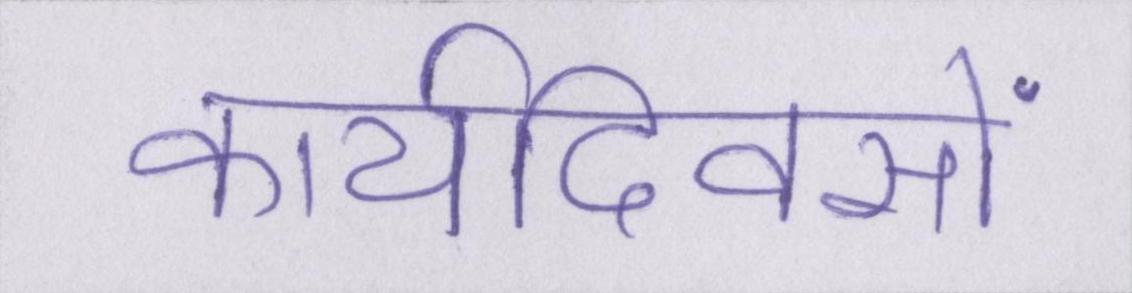
कार्यदिवसों